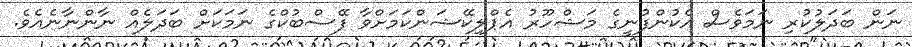
ނަން ބަދަލުކުރި ނަމަވެސް އެކުންފުނީގެ މަޝްހޫރު އެޕްލިކޭޝަންކަމަށްވާ ފޭސްބުކްގެ ނަމަކަށް ބަދަލެއް ނާންނާނެއެވެ.